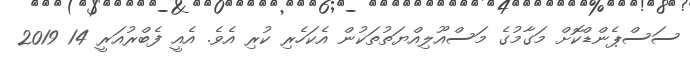
ސަސްޕެންޑްކޮށް މަގާމުގެ މަސްއޫލިއްޔަތުތަކުން އެކަހެރި ކުރި އެވެ. އެއީ ފެބްރުއަރީ 14 2019